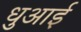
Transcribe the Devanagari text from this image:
धुआई